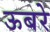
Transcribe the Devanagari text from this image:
ऊबरे